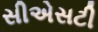
સીએસટી